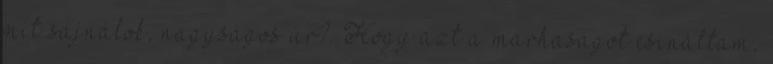
mit sajnálok, nagyságos úr?. Hogy azt a marhaságot csináltam,